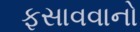
ફસાવવાનો